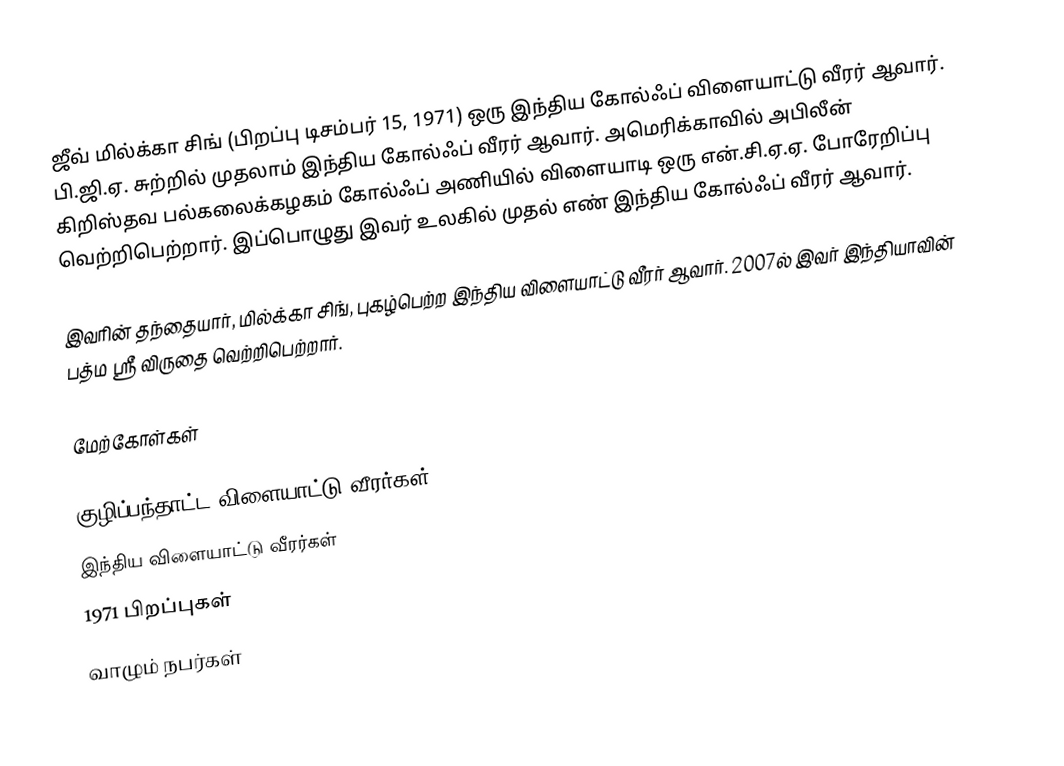
ஜீவ் மில்க்கா சிங் (பிறப்பு டிசம்பர் 15, 1971) ஒரு இந்திய கோல்ஃப் விளையாட்டு வீரர் ஆவார். பி.ஜி.ஏ. சுற்றில் முதலாம் இந்திய கோல்ஃப் வீரர் ஆவார். அமெரிக்காவில் அபிலீன் கிறிஸ்தவ பல்கலைக்கழகம் கோல்ஃப் அணியில் விளையாடி ஒரு என்.சி.ஏ.ஏ. போரேறிப்பு வெற்றிபெற்றார். இப்பொழுது இவர் உலகில் முதல் எண் இந்திய கோல்ஃப் வீரர் ஆவார்.

இவரின் தந்தையார், மில்க்கா சிங், புகழ்பெற்ற இந்திய விளையாட்டு வீரர் ஆவார். 2007ல் இவர் இந்தியாவின் பத்ம ஸ்ரீ விருதை வெற்றிபெற்றார்.

மேற்கோள்கள்

குழிப்பந்தாட்ட விளையாட்டு வீரர்கள்
இந்திய விளையாட்டு வீரர்கள்
1971 பிறப்புகள்
வாழும் நபர்கள்